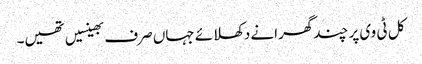
کل ٹی وی پر چند گھرانے دکھلائے جہاں صرف بھینسیں تھیں۔